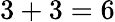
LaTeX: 3+3=6